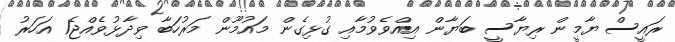
ރައީސް ޔާމީން ރިޔާސީ ބަޔާން އިއްވެވުމާއި ގުޅިގެން މައުމޫން މަރުހަބާ ވިދާޅުވެއްޖެ1 އަހަރު